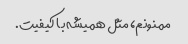
ممنونم، مثل همیشه با کیفیت.